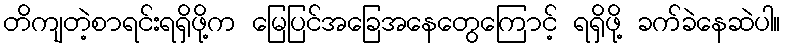
တိကျတဲ့စာရင်းရရှိဖို့က မြေပြင်အခြေအနေတွေကြောင့် ရရှိဖို့ ခက်ခဲနေဆဲပါ။